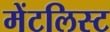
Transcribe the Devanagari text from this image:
मेंटलिस्ट